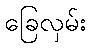
ခြေလှမ်း